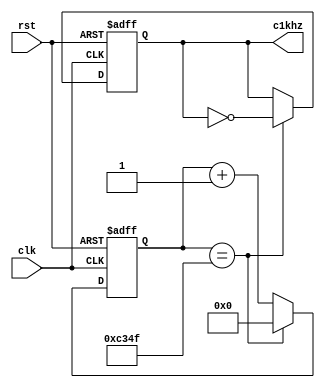
`timescale 1ns / 1ps

module clk_divider(
    input clk,
    input rst,
    output reg c1khz
    );
    reg [15:0] cnt1k;
    
    always @(posedge clk, negedge rst)
    begin
        if (rst==0) begin
            c1khz <= 0;
            cnt1k <= 0;
        end
        else
        begin
        	if (cnt1k == 49999)
        	begin
                c1khz <= ~c1khz;
                cnt1k <= 0;
        	end
        	else
                cnt1k <= cnt1k +1;
        end
    end // always
endmodule